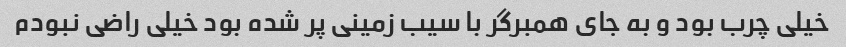
خیلی چرب بود و به جای همبرگر با سیب زمینی پر شده بود خیلی راضی نبودم